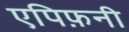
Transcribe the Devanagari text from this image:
एपिफ़नी